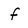
Character: f